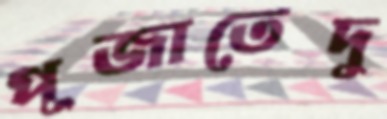
পূজাতেদু